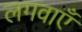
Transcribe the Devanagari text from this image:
लगवाएँ